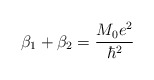
\begin{align*}\beta_1 + \beta_2 = \frac{M_0e^2}{\hbar^2}\end{align*}